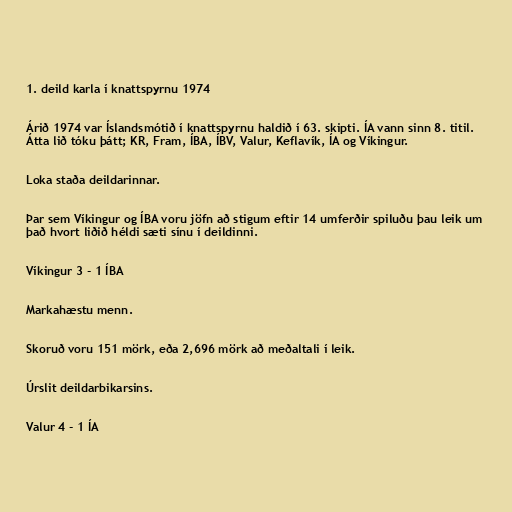
1. deild karla í knattspyrnu 1974

Árið 1974 var Íslandsmótið í knattspyrnu haldið í 63. skipti. ÍA vann sinn 8. titil.
Átta lið tóku þátt; KR, Fram, ÍBA, ÍBV, Valur, Keflavík, ÍA og Víkingur.

Loka staða deildarinnar.

Þar sem Víkingur og ÍBA voru jöfn að stigum eftir 14 umferðir spiluðu þau leik um
það hvort liðið héldi sæti sínu í deildinni.

Víkingur 3 - 1 ÍBA

Markahæstu menn.

Skoruð voru 151 mörk, eða 2,696 mörk að meðaltali í leik.

Úrslit deildarbikarsins.

Valur 4 - 1 ÍA